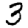
Digit: 3